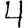
Digit: 4